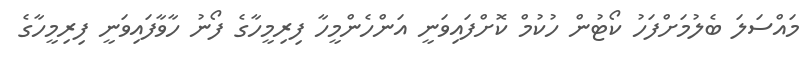
މައްސަލަ ބެލުމަށްފަހު ކޯޓުން ހުކުމް ކޮށްފައިވަނީ އަންހެންމީހާ ފިރިމީހާގެ ފޯނު ހާވާފައިވަނީ ފިރިމީހާގެ